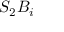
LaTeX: S _ { 2 } B _ { i }